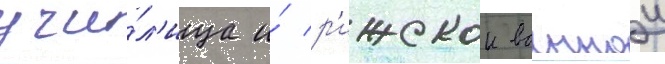
учи́л'ища и́ р'ижскои военнои